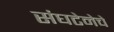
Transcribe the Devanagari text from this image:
संघटेनेचे